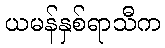
ယမန်နှစ်ရာသီက